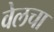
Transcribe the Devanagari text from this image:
वेलचा